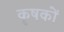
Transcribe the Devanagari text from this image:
कॄषकों